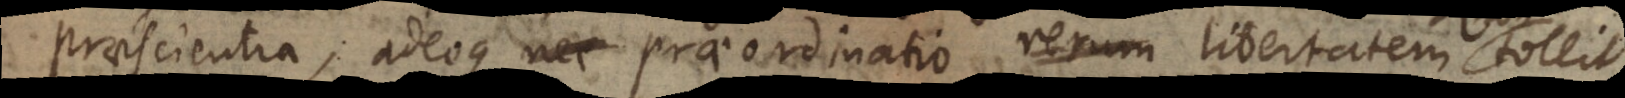
praescientia, adeoque praeordinatio rerum libertatem non tollit.